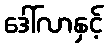
ဒေါ်လာနှင့်